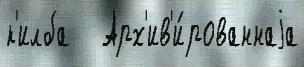
к'илба   Арх'ив'и́рованнаjа